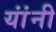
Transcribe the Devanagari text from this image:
यांंनी